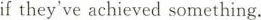
ifthey've achieved something.